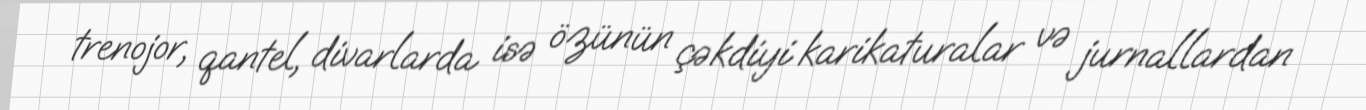
trenojor, qantel, divarlarda isə özünün çəkdiyi karikaturalar və jurnallardan